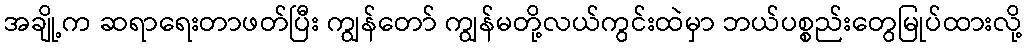
အချို့က ဆရာရေးတာဖတ်ပြီး ကျွန်တော် ကျွန်မတို့လယ်ကွင်းထဲမှာ ဘယ်ပစ္စည်းတွေမြုပ်ထားလို့